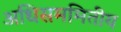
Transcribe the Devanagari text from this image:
अधिसममितीय